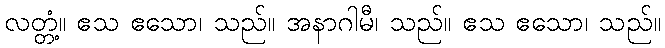
လတ္တံ့။ ဧသ ဧသော၊ သည်။ အနာဂါမီ၊ သည်။ ဧသ ဧသော၊ သည်။